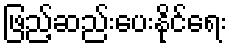
ဖြည့်ဆည်းပေးနိုင်ရေး